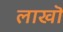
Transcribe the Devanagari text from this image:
लाखॊ